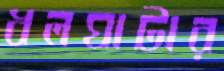
ধলঘাটার